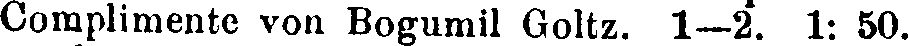
Complimente von Bogumil Goltz. I—2. 1: 50.